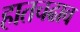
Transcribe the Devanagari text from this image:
हातचढाव